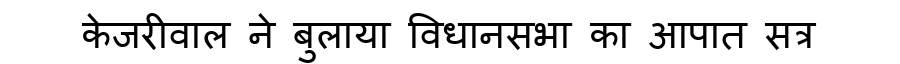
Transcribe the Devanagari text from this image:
केजरीवाल ने बुलाया विधानसभा का आपात सत्र